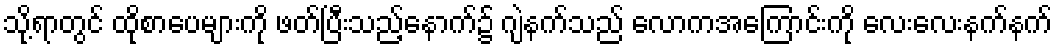
သို့ရာတွင် ထိုစာပေများကို ဖတ်ပြီးသည့်နောက်၌ ဂျဲနက်သည် လောကအကြောင်းကို လေးလေးနက်နက်